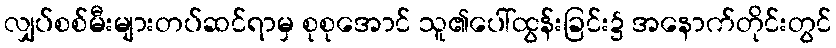
လျှပ်စစ်မီးများတပ်ဆင်ရာမှ စုစုအောင် သူ၏ပေါ်ထွန်းခြင်း၌ အနောက်တိုင်းတွင်